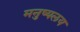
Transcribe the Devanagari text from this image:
मनुष्यलय